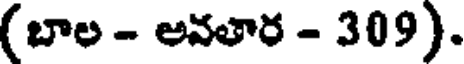
(బాల - అవతార - 309).